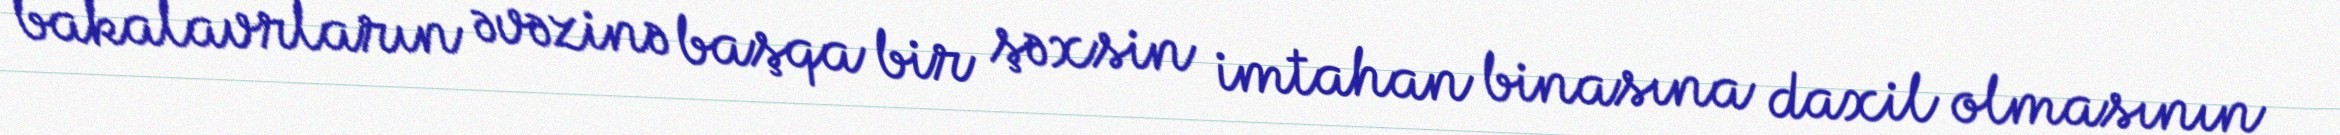
bakalavrların əvəzinə başqa bir şəxsin imtahan binasına daxil olmasının